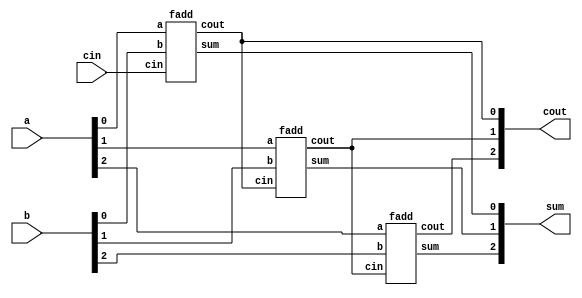
module top_module( 
    input [2:0] a, b,
    input cin,
    output [2:0] cout,
    output [2:0] sum 
);
    fadd add1 (a[0], b[0], cin,     cout[0], sum[0]);
    fadd add2 (a[1], b[1], cout[0], cout[1], sum[1]);
    fadd add3 (a[2], b[2], cout[1], cout[2], sum[2]);
    
endmodule


module fadd( 
    input a, b, cin,
    output cout, sum 
);    
    assign sum = a^b^cin;
    assign cout = a&b | a&cin | b&cin;
    
endmodule